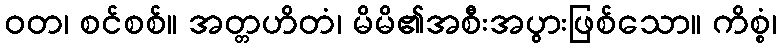
ဝတ၊ စင်စစ်။ အတ္တဟိတံ၊ မိမိ၏အစီးအပွားဖြစ်သော။ ကိစ္စံ၊